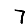
Digit: 7